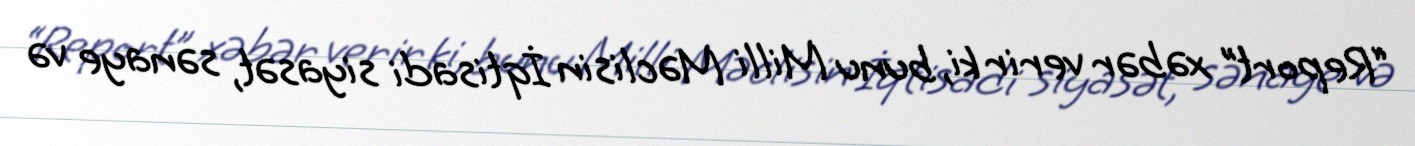
“Report” xəbər verir ki, bunu Milli Məclisin İqtisadi siyasət, sənaye və